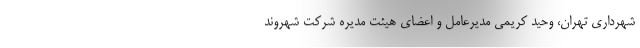
شهرداری تهران، وحید کریمی مدیرعامل و اعضای هیئت مدیره شرکت شهروند